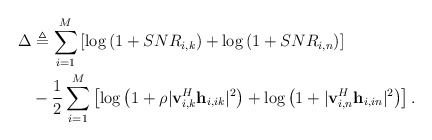
\begin{align*}\Delta & \triangleq \sum^{M}_{i=1}\left[\log \left(1+SNR_{i,k} \right) +\log \left(1+SNR_{i,n} \right)\right] \\ &- \frac{1}{2}\sum^{M}_{i=1} \left[ \log \left(1+\rho|\mathbf{v}_{i,k}^H\mathbf{h}_{i,ik}|^2 \right) +\log \left(1+|\mathbf{v}_{i,n}^H\mathbf{h}_{i,in}|^2 \right)\right].\end{align*}